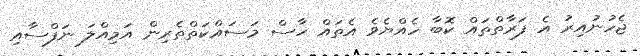
ޖެހުނުއިރު އެ ފަރާތްތައް ކޮބާ ހެއްޔެވެ އެތައް ހާސް މަސައްކަތްތެރިން އަމިއްލަ ނަފްސާއި